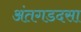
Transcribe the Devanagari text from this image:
अंतगडदसा